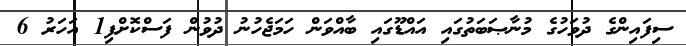
ސިފައިންގެ ދުވަހުގެ މުނާޞަބަތުގައި އައްޑޫގައި ބާއްވަން ހަމަޖެހުނު ދުވުން ފަސްކޮށްފި1 އަހަރު 6